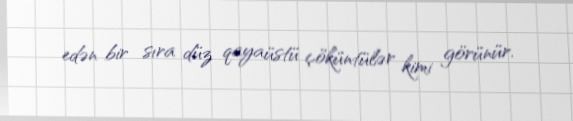
edən bir sıra düz qayaüstü çöküntülər kimi görünür.